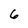
Character: 6